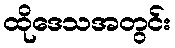
ထိုဒေသအတွင်း